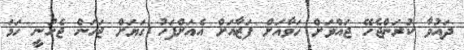
ދައުވާ ކުރަންޖެހޭ ޖައްވަށް ހަވާއަށް ފަޒާއަށް އެއަށްފަހު ގަޔަށް ޖަހަން ޖެހުނީ ހަމަ